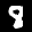
Label: 8